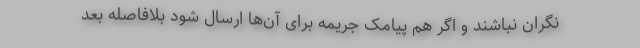
نگران نباشند و اگر هم پیامک جریمه برای آن‌ها ارسال شود بلافاصله بعد